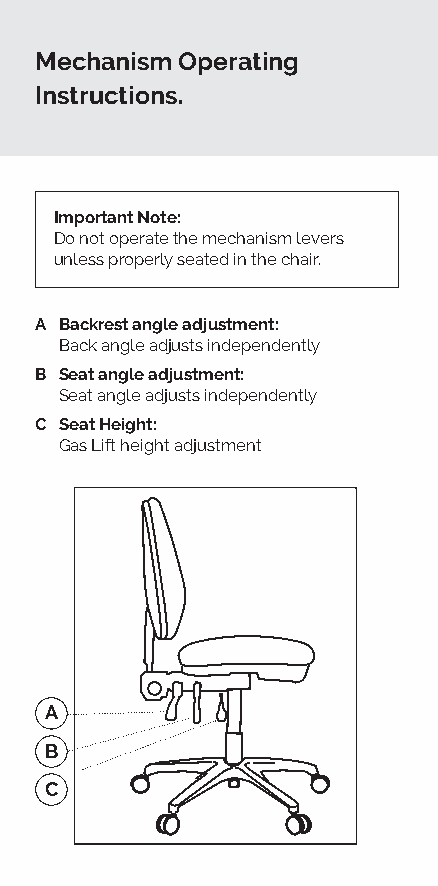
Mechanism Operating
 Instructions.
 Important Note:
 Do not operate the mechanism levers
 unless properly seated in the chair.
 A Backrest angle adjustment:
 Back angle adjusts independently
 B Seat angle adjustment:
 Seat angle adjusts independently
 C Seat Height:
 Gas Lift height adjustment
 A
 B
 C